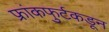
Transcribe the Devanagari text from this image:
फ्रांकफुर्टकडून